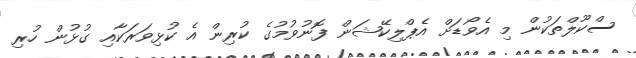
ސްކޫލްތަކުން މި އެވޯޑަށް އެޕްލިކޭޝަން ފޮނުވުމުގެ ކުރިން އެ ކުޅިވަރަކާއި ގުޅުން ހުރި